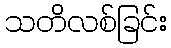
သတိလစ်ခြင်း